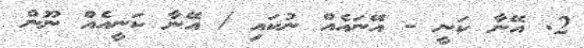
2. އޭނާ ކަނީ - އޭނައެއް ނުކައި / އޭނާ ކަނީއެއް ނޫން